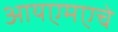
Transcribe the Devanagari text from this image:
आयएमएचे